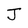
Character: J